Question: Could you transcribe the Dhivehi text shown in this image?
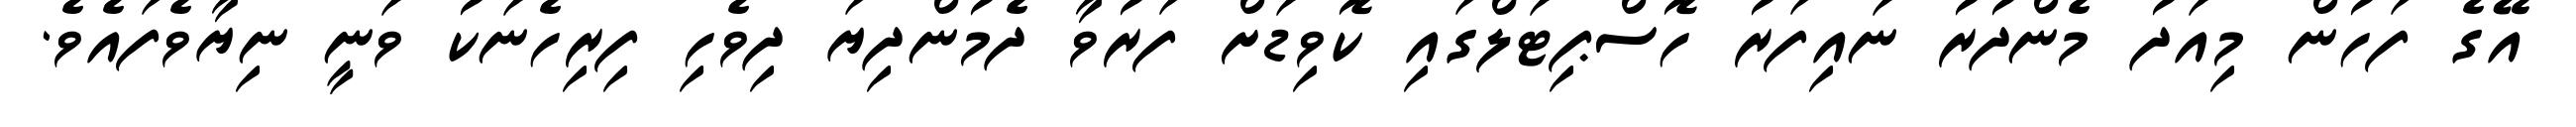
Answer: އޭގެ ފަހުން މިއަދު މެންދުރު ނައިފަރު ހޮސްޕިޓަލްގައި ކޮވިޑަށް ފަރުވާ ދެމުންދިޔަ ދިވެހި ފިރިހެނަކު ވަނީ ނިޔާވެފައެވެ.